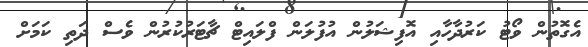
އެގޮތުން ވޯޓު ކަރުދާހާއި އޮފިޝަލުން އުފުލަން ފްލައިޓް ޗާޓަރުކުރުން ވެސް ދަތި ކަމަށް